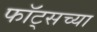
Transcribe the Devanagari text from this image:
फॉट्सच्या